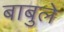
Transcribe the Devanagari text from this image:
बाबुले